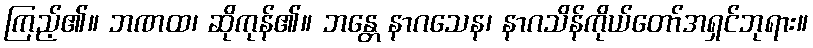
ကြည့်၏။ ဘဏထ၊ ဆိုကုန်၏။ ဘန္တေ နာဂသေန၊ နာဂသိန်ကိုယ်တော်အရှင်ဘုရား။